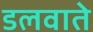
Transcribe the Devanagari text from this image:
डलवाते